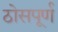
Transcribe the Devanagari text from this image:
ठोसपूर्ण